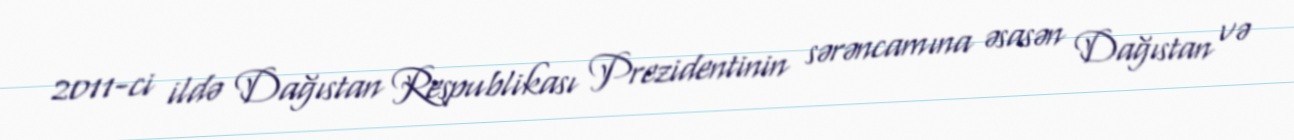
2011-ci ildə Dağıstan Respublikası Prezidentinin sərəncamına əsasən Dağıstan və